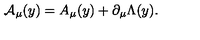
{ \cal A } _ { \mu } ( y ) = A _ { \mu } ( y ) + \partial _ { \mu } \Lambda ( y ) .